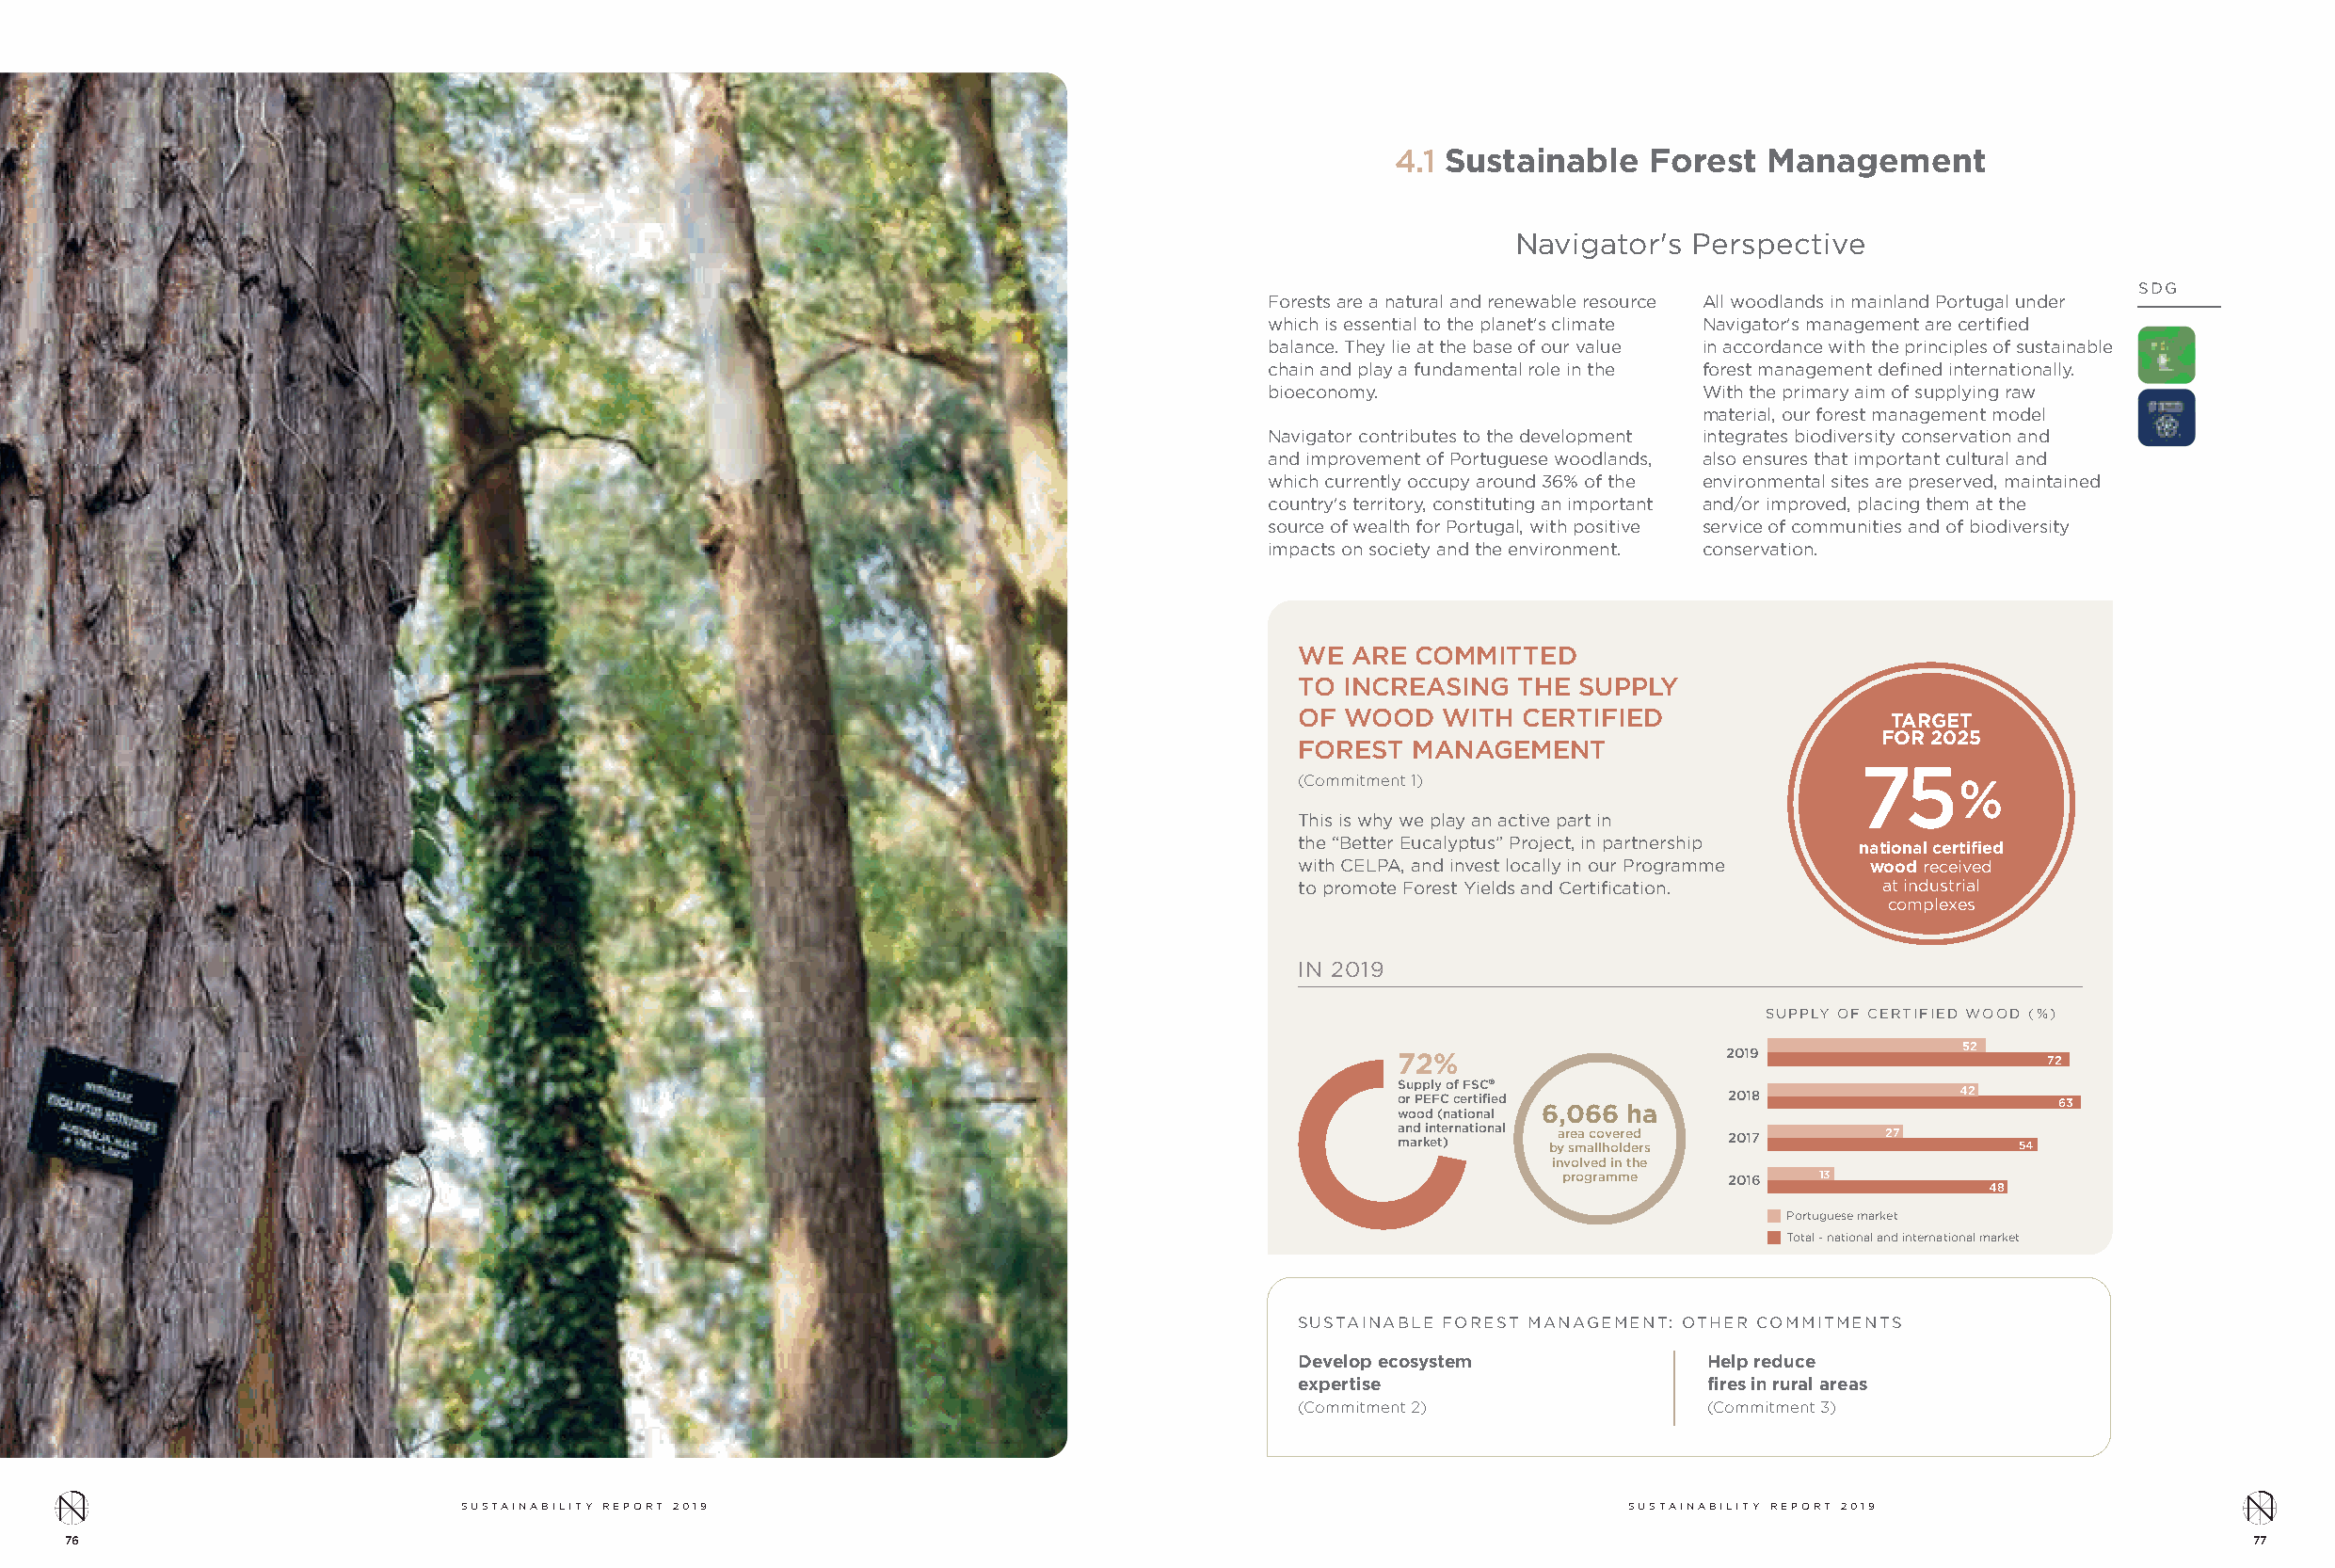
ÁREAS
 EM     FOCO
 4.1 Sustainable   Forest  Management
 Navigator's Perspective
 SDG
 Forests are a natural and renewable resource All woodlands in mainland Portugal under
 which is essential to the planet's climate Navigator's management are certified
 balance. They lie at the base of our value in accordance with the principles of sustainable
 chain and play a fundamental role in the forest management defined internationally.
 bioeconomy.                    With the primary aim of supplying raw
 material, our forest management model
 Navigator contributes to the development integrates biodiversity conservation and
 and improvement of Portuguese woodlands, also ensures that important cultural and
 which currently occupy around 36% of the environmental sites are preserved, maintained
 country's territory, constituting an important and/or improved, placing them at the
 source of wealth for Portugal, with positive service of communities and of biodiversity
 impacts on society and the environment. conservation.
 WE  ARE COMMITTED
 TO INCREASING   THE SUPPLY
 OF  WOOD  WITH  CERTIFIED                 TARGET
 FOR 2025
 FOREST  MANAGEMENT
 75
 (Commitment 1)                                 %
 This is why we play an active part in
 the “Better Eucalyptus” Project, in partnership national certified
 with CELPA, and invest locally in our Programme wood received
 to promote Forest Yields and Certification. at industrial
 complexes
 IN 2019
 SUPPLY OF CERTIFIED WOOD (%)
 52
 72%                    2019                   72
 Supply of FSC®
 o wr o P oE dF (C n ac te iort nif ai le d 6,066 ha 2018 42 63
 a mn ad r kin et te )rnational bya r se ma ac lo lhv oe lr de ed r s 2017 27 54
 involved in the
 programme   2016  13
 48
 Portuguese market
 Total - national and international market
 SUSTAINABLE FOREST MANAGEMENT: OTHER COMMITMENTS
 Develop ecosystem            Help reduce
 expertise                    fires in rural areas
 (Commitment 2)               (Commitment 3)
 SUSTAINABILITY REPORT 2019                                                         SUSTAINABILITY REPORT 2019
 76                                                                                                                                                       77